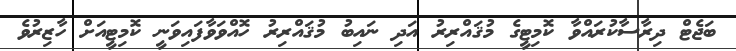
ބަޖެޓް ދިރާސާކުރައްވާ ކޮމިޓީގެ މުޤައްރިރު އަދި ނައިބު މުޤައްރިރު ހޮއްވަވާފައިވަނީ ކޮމިޓީއަށް ހާޒިރުވެ